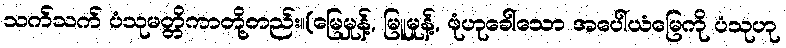
သက်သက် ပံသုမတ္တိကာတို့တည်း။(မြေမှုန့်, မြူမှုန့်, ဖုံဟုခေါ်သော အပေါ်ယံမြေကို ပံသုဟု